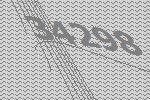
34298